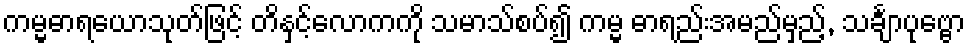
ကမ္မဓာရယောသုတ်ဖြင့် တိနှင့်လောကကို သမာသ်စပ်၍ ကမ္မ ဓာရည်းအမည်မှည့်, သင်္ချာပုဗ္ဗော